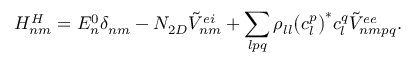
H _ { n m } ^ { H } = E _ { n } ^ { 0 } { \delta } _ { n m } - N _ { 2 D } { \tilde { V } } _ { n m } ^ { e i } + \sum _ { l p q } { { \rho } _ { l l } { \left( c _ { l } ^ { p } \right) } ^ { * } c _ { l } ^ { q } { \tilde { V } } _ { n m p q } ^ { e e } } .